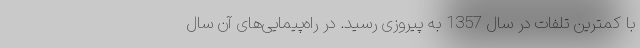
با کمترین تلفات در سال 1357 به پیروزی رسید. در راه‌پیمایی‌های آن سال